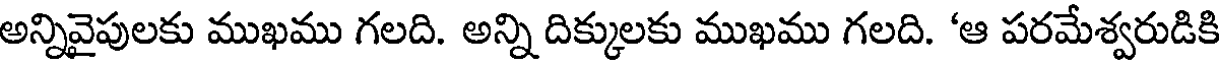
అన్నివైపులకు ముఖము గలది. అన్ని దిక్కులకు ముఖము గలది. 'ఆ పరమేశ్వరుడికి